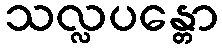
သလ္လပန္တော